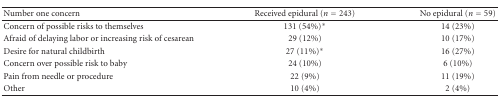
<table><thead><tr><td><b>Number one concern</b></td><td><b>Received epidural (<i>n</i> = 243)</b></td><td><b>No epidural (<i>n</i> = 59)</b></td></tr></thead><tbody><tr><td>Concern of possible risks to themselves</td><td>131 (54%)*</td><td>14 (23%)</td></tr><tr><td>Afraid of delaying labor or increasing risk of cesarean</td><td>29 (12%)</td><td>10 (17%)</td></tr><tr><td>Desire for natural childbirth</td><td>27 (11%)*</td><td>16 (27%)</td></tr><tr><td>Concern over possible risk to baby</td><td>24 (10%)</td><td>6 (10%)</td></tr><tr><td>Pain from needle or procedure</td><td>22 (9%)</td><td>11 (19%)</td></tr><tr><td>Other</td><td>10 (4%)</td><td>2 (4%)</td></tr></tbody></table>